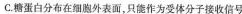
C.糖蛋白分布在细胞外表面，只能作为受体分子接收信号